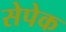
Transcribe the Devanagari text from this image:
सेपेक